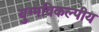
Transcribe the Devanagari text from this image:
युग्मविकल्पीय